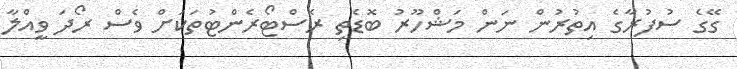
ގޭގެ ސުފުރާގެ އިތުރުން ނަން މަޝްހޫރު ބޮޑެތި ރެސްޓޯރެންޓުތަކަށް ވެސް ރޯދަ ވީއްލާ